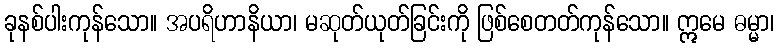
ခုနစ်ပါးကုန်သော။ အပရိဟာနိယာ၊ မဆုတ်ယုတ်ခြင်းကို ဖြစ်စေတတ်ကုန်သော။ ဣမေ ဓမ္မာ၊